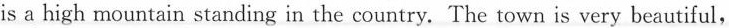
is a high mountain standing in the country. The town is very beautiful,